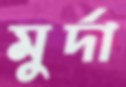
মুর্দা